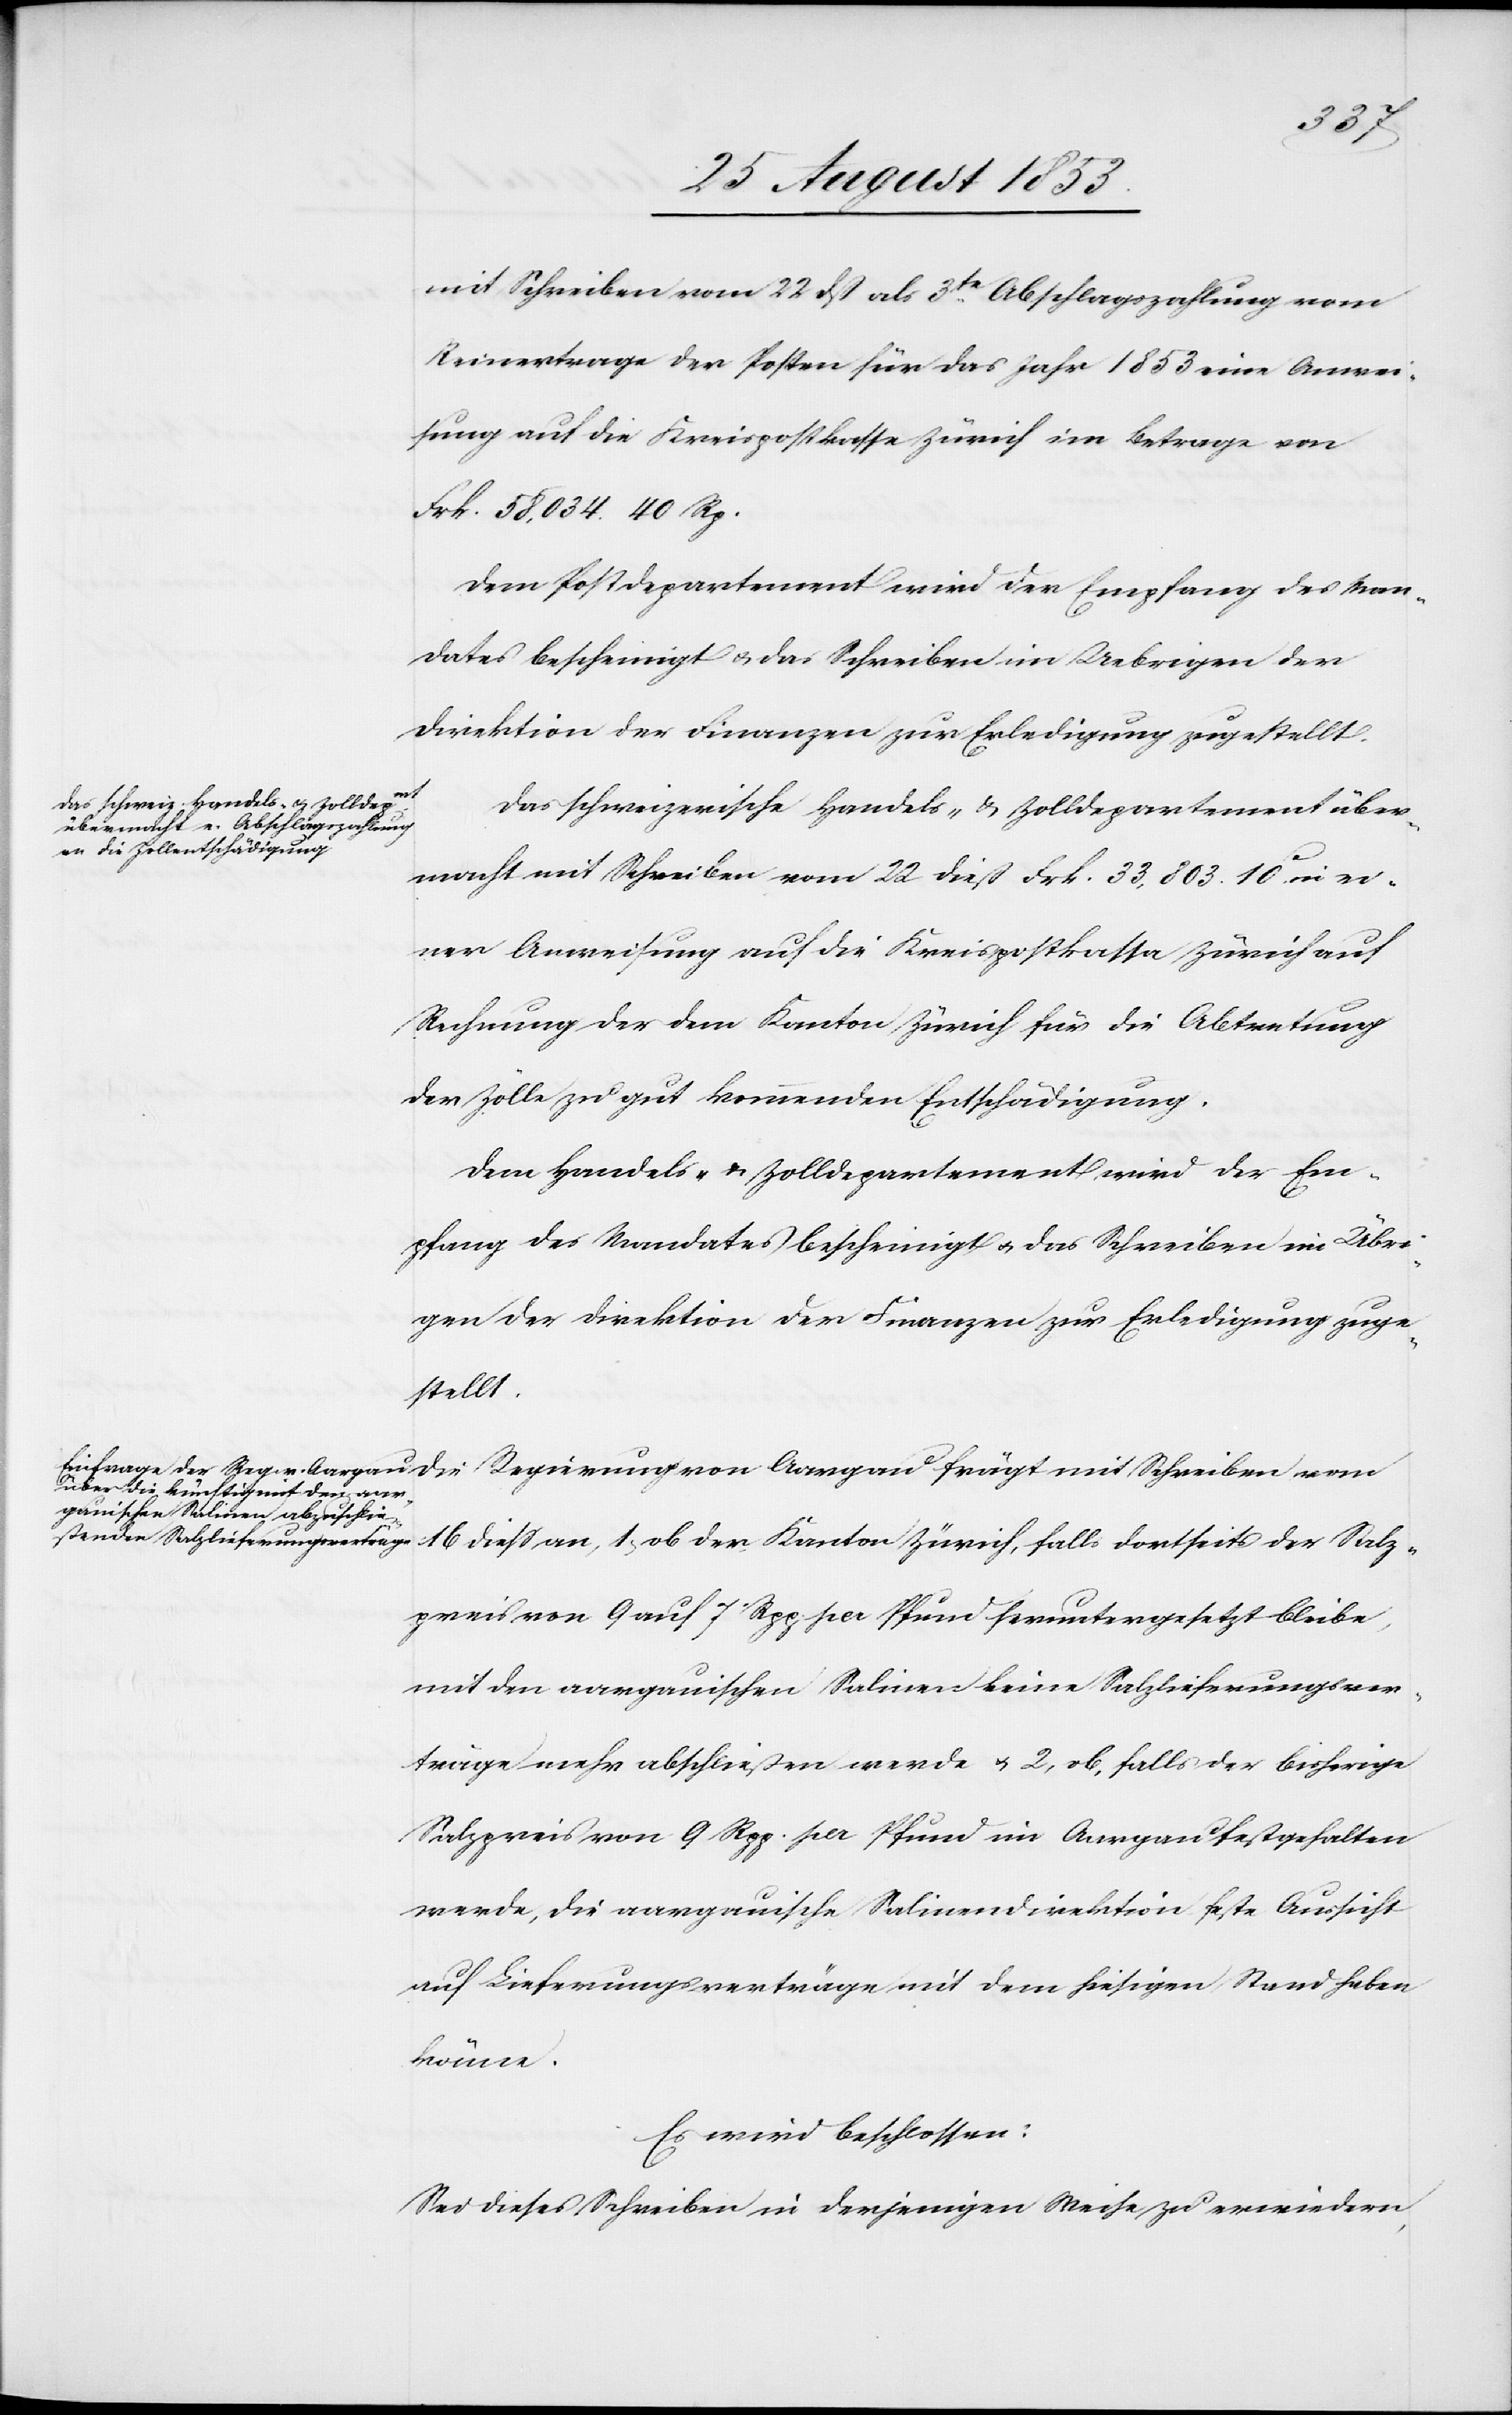
mit Schreiben vom 22 dß als 3te Abschlagszahlung vom
Reinertrage der Posten für das Jahr 1853 eine Anwei¬
sung auf die Kreispostkasse Zürich im Betrage von
Frk. 58 034. 40 Rp.
Dem Postdepartement wird der Empfang des Man¬
dates bescheinigt u. das Schreiben im Uebrigen der
Direktion der Finanzen zur Erledigung zugestellt.
Das schweizerische Handels- u. Zolldepartement über¬
macht mit Schreiben vom 22 dieß Frk. 33 803.10c in ei¬
ner Anweisung auf die Kreispostkassa Zürich auf
Rechnung der dem Kanton Zürich für die Abtretung
der Zölle zu gut kommenden Entschädigung.
Dem Handels- u. Zolldepartement wird der Em¬
pfang des Mandates bescheinigt u. das Schreiben im Übri¬
gen der Direktion der Finanzen zur Erledigung zuge¬
stellt.
16 dieß an, 1, ob der Kanton Zürich, falls dortseits der Salz¬
preis von 9 auf 7 Rpp. pr. Pfund heruntergesetzt bleibe,
mit den aargauischen Salinen keine Salzlieferungsver¬
träge mehr abschließen werde u. 2, ob, falls der bisherige
Salzpreis von 9 Rpp. pr. Pfund im Aargau festgehalten
werde, die aargauische Salinendirektion feste Aussicht
auf Lieferungsverträge mit dem hiesigen Stand haben
könne.
Es wird beschlossen:
Sei dieses Schreiben in derjenigen Weise zu erwiedern,